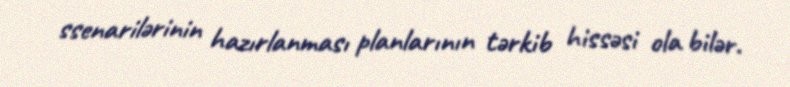
ssenarilərinin hazırlanması planlarının tərkib hissəsi ola bilər.